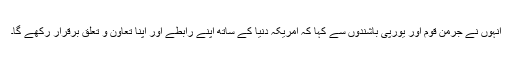
انہوں نے جرمن قوم اور یورپی باشندوں سے کہا کہ امریکہ دنیا کے ساتھ اپنے رابطے اور اپنا تعاون و تعلق برقرار رکھے گا۔